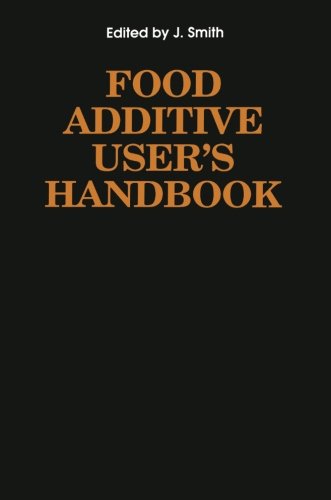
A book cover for Food Additive User's Handbook; Health, Fitness & Dieting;